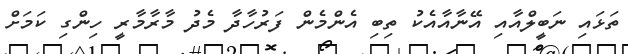
ތަޅައި ނަބީލްއާއި އޭނާއާއެކު ތިބި އެންމެން ފަރުހާދާ މެދު މާރާމާރީ ހިންގި ކަމަށް